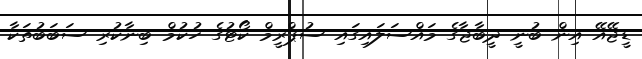
ޑީޖޭއޭ އިން ބުނީ ދީބާޖާގެ މައްސަލައިގައި ސުޕްރީމް ކޯޓުގެ ހުކުމް ބިނާކުރި ސަބަބުތަކާ